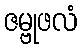
ဇမ္ဗုဖလံ